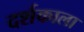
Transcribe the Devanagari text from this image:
दर्शकाला